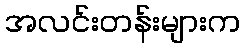
အလင်းတန်းများက